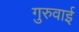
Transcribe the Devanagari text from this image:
गुरुवाई